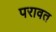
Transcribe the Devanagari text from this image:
परावत